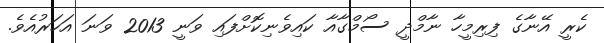
ކެރީ އޭނާގެ ފިރިމީހާ ނާމްދީ ސޯމްގާއާ ކައިވެނިކޮށްފައި ވަނީ 2013 ވަނަ އަހަރުއެވެ.